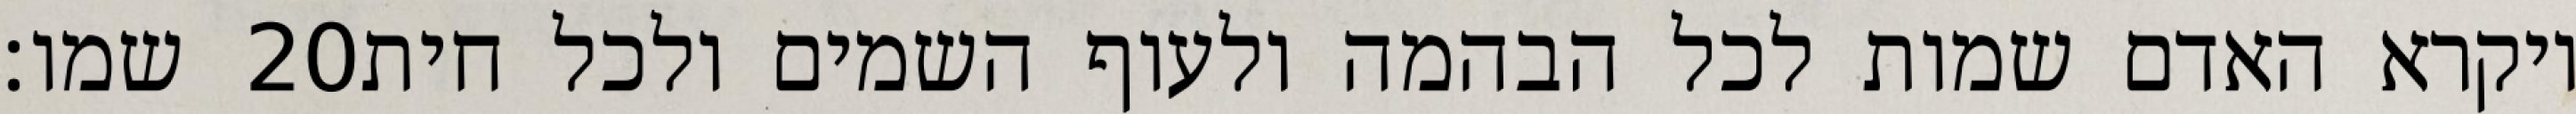
שמו׃ ‎20‏ ויקרא האדם שמות לכל הבהמה ולעוף השמים ולכל חית